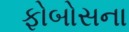
ફોબોસના